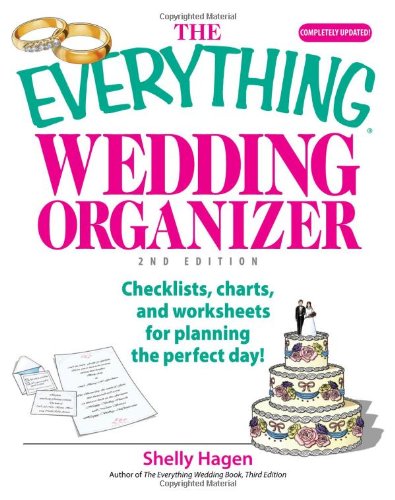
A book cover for The Everything Wedding Organizer: Checklists, Charts, And Worksheets for Planning the Perfect Day!; Shelly Hagen; Crafts, Hobbies & Home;